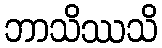
ဘာသိဿသိ